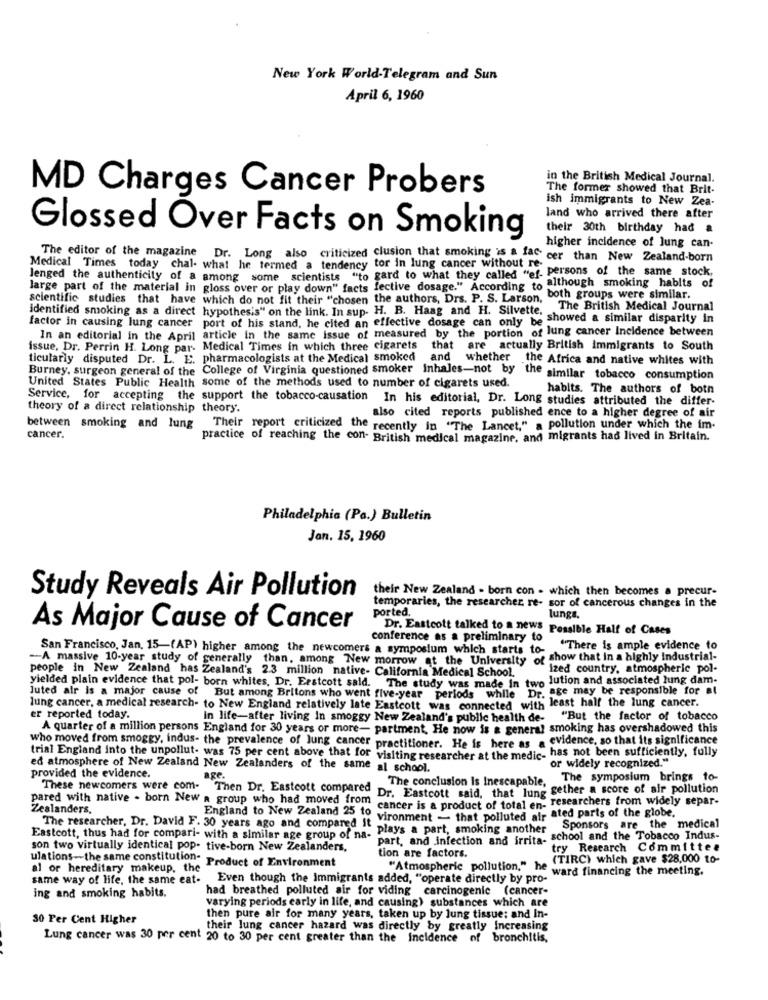
New York World-Telegram and Sun
April 6, 1960
in the British Medical Journal.
MD Charges Cancer Probers
The former showed that Brit-
ish immigrants to New Zea-
land who arrived there after
their 30th birthday had a
Glossed Over Facts on Smoking
The editor of the magazine
higher incidence of Jung can-
Dr. Long also criticized clusion that smoking is a fac cer than New Zealand-born
Medical Times today chal- what he termed a tendency tor in lung cancer without re-
Jenged the authenticity of a among some scientists "to gard to what they called "ef- persons of the same stock,
large part of the material in gloss over or play down" facts fective dosage." According to although smoking habits of
scientific studies that have which do not fit their "chosen the authors, Drs. P. S. Larson,
". both groups were similar.
Identified smoking as a direct hypothesis" on the link. In sup- H. B. Haag and H. Silvette.
The British Medical Journal
factor in causing lung cancer port of his stand, he cited an effective dosage can only be showed a similar disparity in
In an editorial in the April article in the same issue of measured by the portion of lung cancer Incidence between
issue, Dr. Perrin H. Long par- Medical Times in which three cigarets that are actually British immigrants to South
ticularly disputed Dr. L. E. pharmacologists at the Medical smoked and whether the Africa and native whites with
United States Public Health some of the methods used to number of cigarets used.
Burney, surgeon general of the College of Virginia questioned smoker Inhales-not by the similar tobacco consumption
habits. The authors of both
Service, for accepting the support the tobacco-causation In his editorial, Dr. Long studies attributed the differ-
theory of a direct relationship theory.
also cited reports published ence to a higher degree of air
between smoking and lung
Their report criticized the recently in "The Lancet," a pollution under which the im-
cancer.
practice of reaching the con- British medical magazine, and migrants had lived in Britain.
Philadelphia (Pa.) Bulletin
Jan. 15, 1960
their New Zealand - born con - which then becomes a precur-
Study Reveals Air Pollution
ported,
temporaries, the researcher re- sor of cancerous changes in the
lungs.
As Major Cause of Cancer
Dr. Eastcott talked to a news Possible Half of Cases
conference as a preliminary to
San Francisco, Jan, 15-(AP) higher among the newcomers a symposium which starts to-
"There is ample evidence to
-A massive 10-year study of generally than, among New morrow at the University of show that in a highly Industrial-
ized country, atmospheric pol-
people in New Zealand has Zealand's 2.3 million native- California Medical School.
yielded plain evidence that pol- born whites, Dr. Erstcott said. The study was made In two lution and associated lung dam-
luted air is a major cause of But among Britons who went five-year periods while Dr. age may be responsible for al
lung cancer, a medical research- to New England relatively late Eastcott was connected with least half the lung cancer.
er reported today.
In life-after living In smoggy New Zealand's public health de- "
"But the factor of tobacco
A quarter of a million persons England for 30 years or more- partment, He now is & general smoking has overshadowed this
who moved from smoggy, indus- the prevalence of lung cancer practitioner. He is here as a evidence, so that its significance
trial England into the unpollut- was 75 per cent above that for visiting researcher at the medic- has not been sufficiently, fully
ed atmosphere of New Zealand New Zealanders of the same al school.
"or widely recognized."
provided the evidence.
age.
The symposium brings to-
These newcomers were com- Then Dr. Eastcott compared Dr. Eastcott said, that lung gether a score of air pollution
The conclusion Is Inescapable,
Zealanders.
pared with native . born New a group who had moved from cancer is a product of total en- researchers from widely separ-
England to New Zealand 25 fo vironment - that polluted air ated parts of the globe.
Eastcott, thus had for compari- with a similar age group of na- Plays a part, smoking another
The researcher, Dr. David F. 30 years ago and compared it -
Sponsors are the medical
part, and infection and irrita- school and the Tobacco Indus-
son two virtually identical pop- tive-born New Zealanders,
try Research Committee
tion are factors.
(TIRC) which gave $28,000 to-
ulations -- the same constitution- Product of Environment
al or hereditary makeup, the"
"Atmospheric pollution," he
ward financing the meeting.
same way of life, the same eat- Even though the Immigrants added, "operate directly by pro-"
had breathed polluted air for viding carcinogenic (cancer-
ing and smoking habits.
varying periods early in life, and causing) substances which are
30 Per Cent Higher
then pure air for many years, taken up by lung tissue; and In-
their lung cancer hazard was directly by greatly Increasing
Lung cancer was 30 per cent 20 to 30 per cent greater than the Incidence of bronchitis,